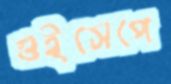
গুইসেপে